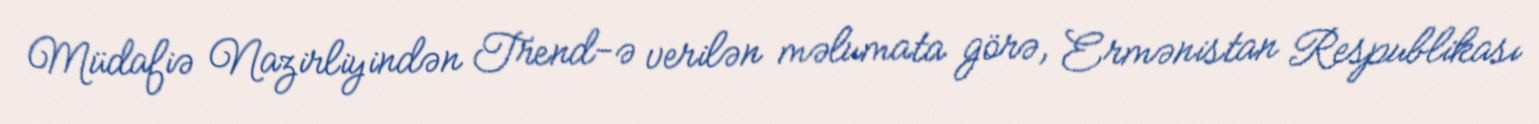
Müdafiə Nazirliyindən Trend-ə verilən məlumata görə, Ermənistan Respublikası